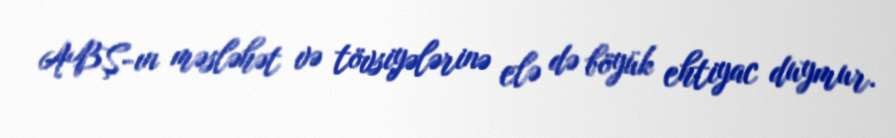
ABŞ-ın məsləhət və tövsiyələrinə elə də böyük ehtiyac duymur.